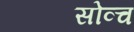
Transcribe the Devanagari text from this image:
सोव्च